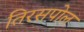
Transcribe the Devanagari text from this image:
तिरसपोल